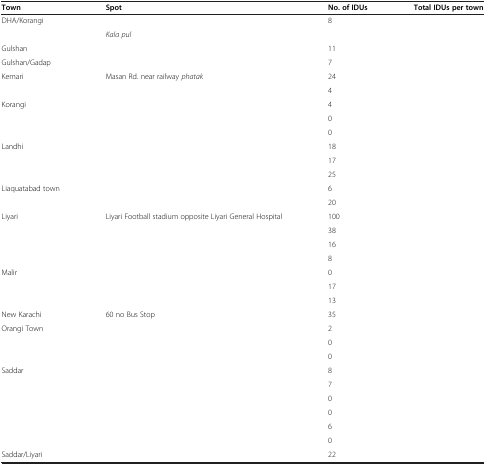
<table><thead><tr><td><b>Town</b></td><td><b>Spot</b></td><td><b>No.of IDUs</b></td><td><b>Total IDUs per town</b></td></tr></thead><tbody><tr><td rowspan="2">DHA/Korangi</td><td>[EMPTY_CELL]</td><td>8</td><td>[EMPTY_CELL]</td></tr><tr><td><i>Kala pul</i></td><td>[EMPTY_CELL]</td><td>[EMPTY_CELL]</td></tr><tr><td>Gulshan</td><td>[EMPTY_CELL]</td><td>11</td><td>[EMPTY_CELL]</td></tr><tr><td>Gulshan/Gadap</td><td>[EMPTY_CELL]</td><td>7</td><td>[EMPTY_CELL]</td></tr><tr><td>Kemari</td><td>Masan Rd. near railway <i>phatak</i></td><td>24</td><td>[EMPTY_CELL]</td></tr><tr><td>[EMPTY_CELL]</td><td>[EMPTY_CELL]</td><td>4</td><td>[EMPTY_CELL]</td></tr><tr><td>Korangi</td><td>[EMPTY_CELL]</td><td>4</td><td>[EMPTY_CELL]</td></tr><tr><td>[EMPTY_CELL]</td><td>[EMPTY_CELL]</td><td>0</td><td>[EMPTY_CELL]</td></tr><tr><td>[EMPTY_CELL]</td><td>[EMPTY_CELL]</td><td>0</td><td>[EMPTY_CELL]</td></tr><tr><td>Landhi</td><td>[EMPTY_CELL]</td><td>18</td><td>[EMPTY_CELL]</td></tr><tr><td>[EMPTY_CELL]</td><td>[EMPTY_CELL]</td><td>17</td><td>[EMPTY_CELL]</td></tr><tr><td>[EMPTY_CELL]</td><td>[EMPTY_CELL]</td><td>25</td><td>[EMPTY_CELL]</td></tr><tr><td>Liaquatabad town</td><td>[EMPTY_CELL]</td><td>6</td><td>[EMPTY_CELL]</td></tr><tr><td>[EMPTY_CELL]</td><td>[EMPTY_CELL]</td><td>20</td><td>[EMPTY_CELL]</td></tr><tr><td>Liyari</td><td>Liyari Football stadium opposite Liyari General Hospital</td><td>100</td><td>[EMPTY_CELL]</td></tr><tr><td>[EMPTY_CELL]</td><td>[EMPTY_CELL]</td><td>38</td><td>[EMPTY_CELL]</td></tr><tr><td>[EMPTY_CELL]</td><td>[EMPTY_CELL]</td><td>16</td><td>[EMPTY_CELL]</td></tr><tr><td>[EMPTY_CELL]</td><td>[EMPTY_CELL]</td><td>8</td><td>[EMPTY_CELL]</td></tr><tr><td>Malir</td><td>[EMPTY_CELL]</td><td>0</td><td>[EMPTY_CELL]</td></tr><tr><td>[EMPTY_CELL]</td><td>[EMPTY_CELL]</td><td>17</td><td>[EMPTY_CELL]</td></tr><tr><td>[EMPTY_CELL]</td><td>[EMPTY_CELL]</td><td>13</td><td>[EMPTY_CELL]</td></tr><tr><td>New Karachi</td><td>60 no Bus Stop</td><td>35</td><td>[EMPTY_CELL]</td></tr><tr><td>Orangi Town</td><td>[EMPTY_CELL]</td><td>2</td><td>[EMPTY_CELL]</td></tr><tr><td>[EMPTY_CELL]</td><td>[EMPTY_CELL]</td><td>0</td><td>[EMPTY_CELL]</td></tr><tr><td>[EMPTY_CELL]</td><td>[EMPTY_CELL]</td><td>0</td><td>[EMPTY_CELL]</td></tr><tr><td>Saddar</td><td>[EMPTY_CELL]</td><td>8</td><td>[EMPTY_CELL]</td></tr><tr><td>[EMPTY_CELL]</td><td>[EMPTY_CELL]</td><td>7</td><td>[EMPTY_CELL]</td></tr><tr><td>[EMPTY_CELL]</td><td>[EMPTY_CELL]</td><td>0</td><td>[EMPTY_CELL]</td></tr><tr><td>[EMPTY_CELL]</td><td>[EMPTY_CELL]</td><td>0</td><td>[EMPTY_CELL]</td></tr><tr><td>[EMPTY_CELL]</td><td>[EMPTY_CELL]</td><td>6</td><td>[EMPTY_CELL]</td></tr><tr><td>[EMPTY_CELL]</td><td>[EMPTY_CELL]</td><td>0</td><td>[EMPTY_CELL]</td></tr><tr><td>Saddar/Liyari</td><td>[EMPTY_CELL]</td><td>22</td><td>[EMPTY_CELL]</td></tr></tbody></table>